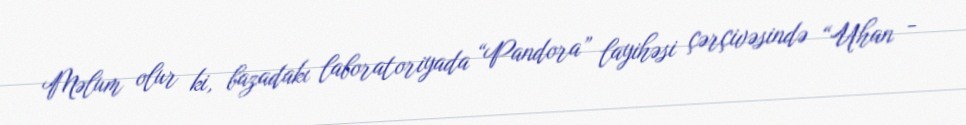
Məlum olur ki, bazadakı laboratoriyada “Pandora” layihəsi çərçivəsində “Uhan -